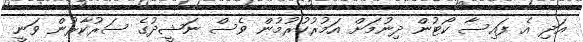
އަދި އެ ފައިސާ ކޯޓުން ދިނުމަށް އަމުރުކުރުމުން ވެސް ނަޝީދުގެ ސަރުކާރުން ވަނީ